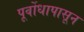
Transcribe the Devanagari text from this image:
पूर्वोधापासून